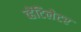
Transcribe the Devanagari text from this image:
व्हेंटिलेटर